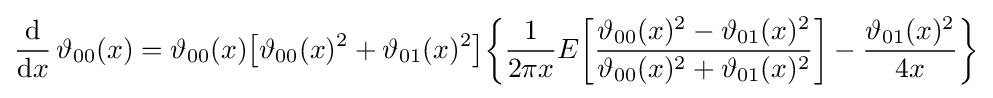
{\frac {\mathrm {d} }{\mathrm {d} x}}\,\vartheta _{00}(x)=\vartheta _{00}(x){\bigl [}\vartheta _{00}(x)^{2}+\vartheta _{01}(x)^{2}{\bigr ]}{\biggl \{}{\frac {1}{2\pi x}}E{\biggl [}{\frac {\vartheta _{00}(x)^{2}-\vartheta _{01}(x)^{2}}{\vartheta _{00}(x)^{2}+\vartheta _{01}(x)^{2}}}{\biggr ]}-{\frac {\vartheta _{01}(x)^{2}}{4x}}{\biggr \}}